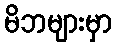
မိဘများမှာ